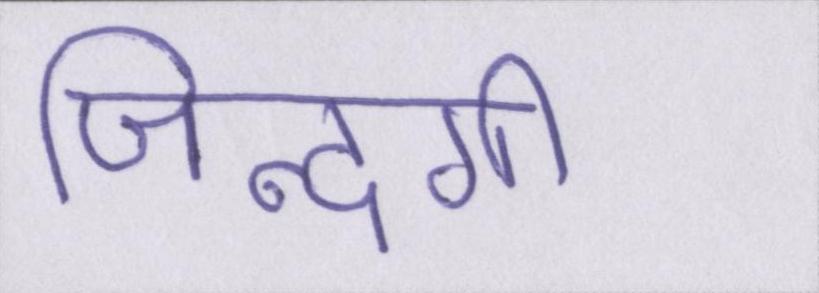
जिन्दगी